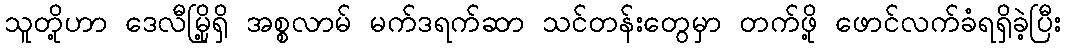
သူတို့ဟာ ဒေလီမြို့ရှိ အစ္စလာမ် မက်ဒရက်ဆာ သင်တန်းတွေမှာ တက်ဖို့ ဖောင်လက်ခံရရှိခဲ့ပြီး